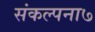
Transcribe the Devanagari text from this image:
संकल्पना७